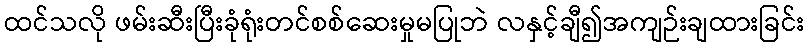
ထင်သလို ဖမ်းဆီးပြီးခုံရုံးတင်စစ်ဆေးမှုမပြုဘဲ လနှင့်ချီ၍အကျဉ်းချထားခြင်း